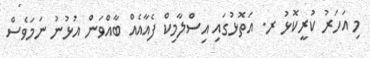
މި އަހަރު ކުރީކޮޅު ރ. އަތޮޅުގައި އިސްލާމިކް ފެއާއެއް ބާއްވަން އުޅުނު ނަމަވެސް